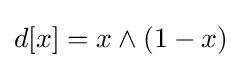
d[x]=x\wedge (1-x)